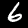
Digit: 6